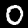
Label: 0